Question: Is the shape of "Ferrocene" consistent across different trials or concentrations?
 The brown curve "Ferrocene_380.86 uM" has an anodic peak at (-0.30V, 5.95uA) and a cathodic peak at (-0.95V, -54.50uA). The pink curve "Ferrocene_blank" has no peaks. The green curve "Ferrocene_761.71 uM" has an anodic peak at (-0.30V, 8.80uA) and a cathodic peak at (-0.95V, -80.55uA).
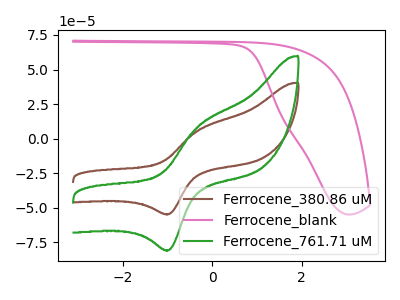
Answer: <think>"Ferrocene_380.86 uM" and "Ferrocene_blank" have a different number of peaks. All the peaks in "Ferrocene_380.86 uM" have a peak in "Ferrocene_761.71 uM" at the same potential. Every peak in "Ferrocene_380.86 uM" is lower than every peak in "Ferrocene_761.71 uM". "Ferrocene_blank" and "Ferrocene_761.71 uM" have a different number of peaks.
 </think>
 <answer>All the CV's of "Ferrocene" have similar shape.</answer>
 <eval>follow_rule</eval>